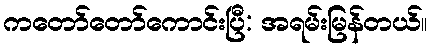
ကတော်တော်ကောင်းပြီ: အရမ်းမြန်တယ်။